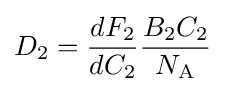
D_{2}={\frac {dF_{2}}{dC_{2}}}{\frac {B_{2}C_{2}}{N_{\text{A}}}}